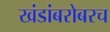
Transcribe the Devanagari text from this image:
खंडांबरोबरच